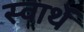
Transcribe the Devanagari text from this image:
स्वार्थें